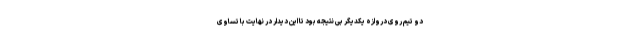
دو تیم روی دروازه یکدیگر بی نتیجه بود تا این دیدار در نهایت با تساوی